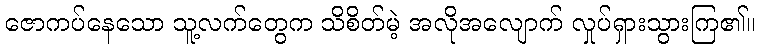
ဇောကပ်နေသော သူ့လက်တွေက သိစိတ်မဲ့ အလိုအလျောက် လှုပ်ရှားသွားကြ၏။